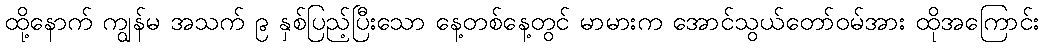
ထို့နောက် ကျွန်မ အသက် ၉ နှစ်ပြည့်ပြီးသော နေ့တစ်နေ့တွင် မာမားက အောင်သွယ်တော်ဝမ်အား ထိုအကြောင်း